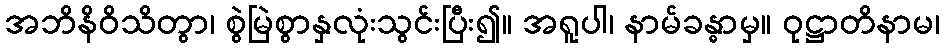
အဘိနိဝိသိတွာ၊ စွဲမြဲစွာနှလုံးသွင်းပြီး၍။ အရူပါ၊ နာမ်ခန္ဓာမှ။ ဝုဋ္ဌာတိနာမ၊